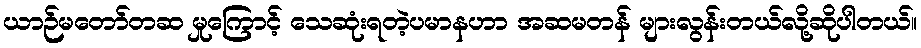
ယာဉ်မတော်တဆ မှုကြောင့် သေဆုံးရတဲ့ပမာနဟာ အဆမတန် များလွန်းတယ်လို့ဆိုပါတယ်။